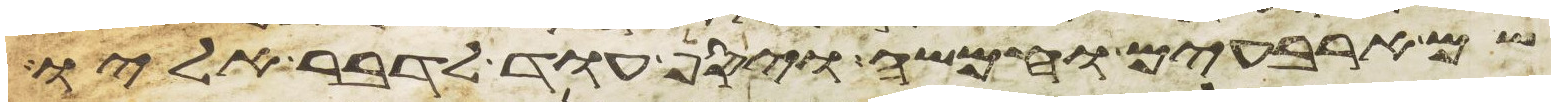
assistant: שם ארבעים וחמשה ויסף עוד לדבר אליו